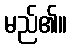
မည်၏။